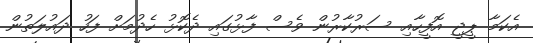
އެކަމާ ޕީޖީ އޮފީހާއި ސަރުކާރުން ވެސް ފާޅުގައި ދެކޮޅު ހެދުމަށް ފަހު ދައުލަތުން